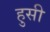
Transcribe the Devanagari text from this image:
हुसी